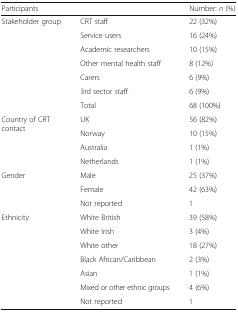
<table><thead><tr><td colspan="2"><b>Participants</b></td><td><b>Number: <i>n</i> (%)</b></td></tr></thead><tbody><tr><td rowspan="7">Stakeholder group</td><td>CRT staff</td><td>22 (32%)</td></tr><tr><td>Service users</td><td>16 (24%)</td></tr><tr><td>Academic researchers</td><td>10 (15%)</td></tr><tr><td>Other mental health staff</td><td>8 (12%)</td></tr><tr><td>Carers</td><td>6 (9%)</td></tr><tr><td>3rd sector staff</td><td>6 (9%)</td></tr><tr><td>Total</td><td>68 (100%)</td></tr><tr><td rowspan="4">Country of CRT contact</td><td>UK</td><td>56 (82%)</td></tr><tr><td>Norway</td><td>10 (15%)</td></tr><tr><td>Australia</td><td>1 (1%)</td></tr><tr><td>Netherlands</td><td>1 (1%)</td></tr><tr><td rowspan="3">Gender</td><td>Male</td><td>25 (37%)</td></tr><tr><td>Female</td><td>42 (63%)</td></tr><tr><td>Not reported</td><td>1</td></tr><tr><td rowspan="7">Ethnicity</td><td>White British</td><td>39 (58%)</td></tr><tr><td>White Irish</td><td>3 (4%)</td></tr><tr><td>White other</td><td>18 (27%)</td></tr><tr><td>Black African/Caribbean</td><td>2 (3%)</td></tr><tr><td>Asian</td><td>1 (1%)</td></tr><tr><td>Mixed or other ethnic groups</td><td>4 (6%)</td></tr><tr><td>Not reported</td><td>1</td></tr></tbody></table>